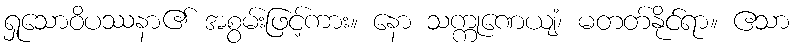
ရှုသောဝိပဿနာ၏ အစွမ်းဖြင့်ကား။ နော သက္ကုဏေယျံ၊ မတတ်နိုင်ရာ။ ဧသာ